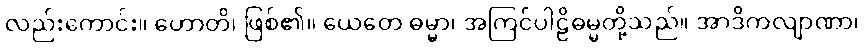
လည်းကောင်း။ ဟောတိ၊ ဖြစ်၏။ ယေတေ ဓမ္မာ၊ အကြင်ပါဠိဓမ္မတို့သည်။ အာဒိကလျာဏာ၊